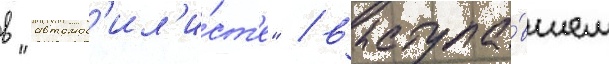
в "автомоб'ил'и́ст'е" / выступа́вшем